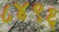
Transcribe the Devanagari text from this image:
८४९६